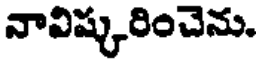
నావిష్కరించెను.